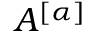
A ^ { [ \alpha ] }